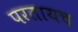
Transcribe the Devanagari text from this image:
परतायच